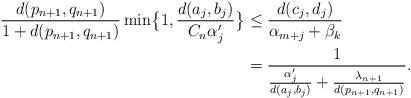
LaTeX: \begin{align*}\frac{d(p_{n+1},q_{n+1})}{1+d(p_{n+1},q_{n+1})} \min\bigl\{1,\dfrac{d(a_j,b_j)}{C_n\alpha_j'}\bigr\}&\leq \frac{d(c_j,d_j)}{\alpha_{m+j}+\beta_k}\\&=\dfrac{1}{\frac{\alpha_j'}{d(a_j,b_j)}+\frac{\lambda_{n+1}}{d(p_{n+1},q_{n+1})}}.\end{align*}